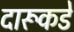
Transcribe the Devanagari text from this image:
दारूकडे